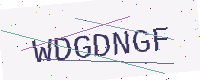
Text: WDGDNGF